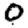
Digit: 0